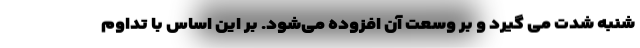
شنبه شدت می گیرد و بر وسعت آن افزوده می‌شود. بر این اساس با تداوم